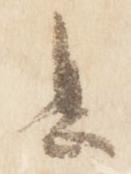
息